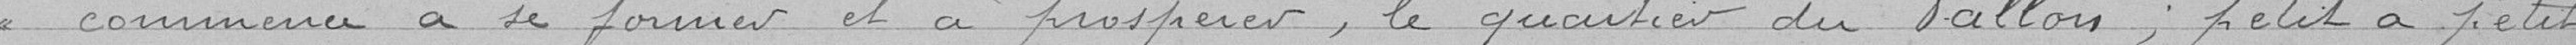
commence à se former et à prospérer, le quartier du Vallon; petit à petit